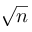
\sqrt { n }